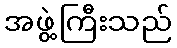
အဖွဲ့ကြီးသည်